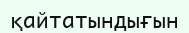
қайтатындығын